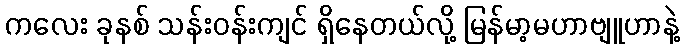
ကလေး ခုနစ် သန်းဝန်းကျင် ရှိနေတယ်လို့ မြန်မာ့မဟာဗျူဟာနဲ့